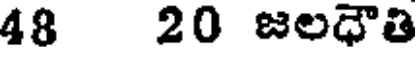
48 20 జలధౌతి